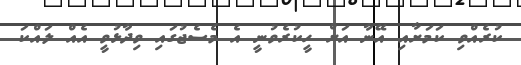
ކުރެއްވި ކަމަށާއި އޭނާ އަށް ހީކުރެވުނީ އެ މެސެޖުގައި ވިދާޅުވީ އެއް ލައްކަ